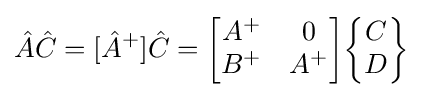
{\hat {A}}{\hat {C}}=[{\hat {A}}^{+}]{\hat {C}}={\begin{bmatrix}A^{+}&0\\B^{+}&A^{+}\end{bmatrix}}{\begin{Bmatrix}C\\D\end{Bmatrix}}